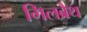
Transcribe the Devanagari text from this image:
गिलब्रैथ